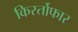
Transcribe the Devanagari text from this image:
किर्स्तोफार